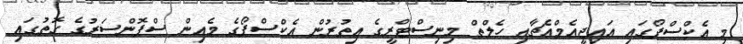
މި އެކްސްޕޯގައި އައިޖީއެމްއެޗާއި ހެލްތް މިނިސްޓްރީގެ އިތުރުން އެކްސްޕޯގެ މެއިން ސްޕޮންސަރުގެ ގޮތުގައި